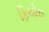
ફિયોસ